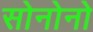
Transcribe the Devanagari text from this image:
सोनोनो